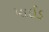
પાઈડ